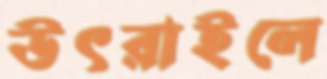
উৎরাইলে